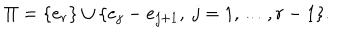
\Pi = \{ e _ { r } \} \cup \{ e _ { j } - e _ { j + 1 } , \ j = 1 , \ldots , r - 1 \} .